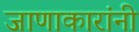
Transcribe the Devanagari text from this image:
जाणाकारांनी